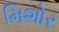
મિશોર